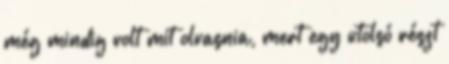
még mindig volt mit olvasnia, mert egy utolsó részt